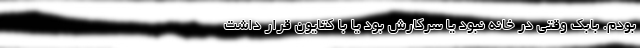
بودم. بابک وقتی در خانه نبود یا سرکارش بود یا با کتایون قرار داشت